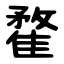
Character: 䨁